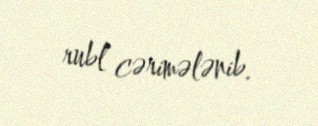
rubl cərimələnib.